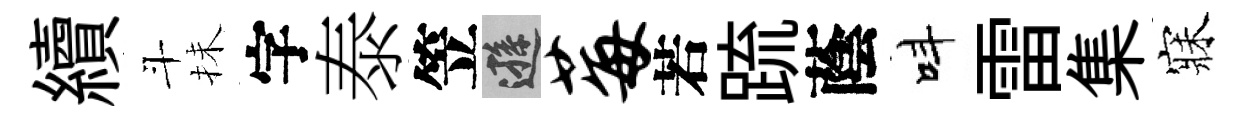
續斗抺字泰笠遜莓若䟽蔭呌雷集寐